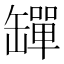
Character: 𦉕